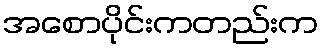
အစောပိုင်းကတည်းက